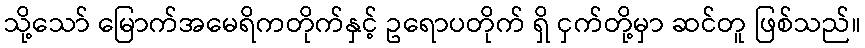
သို့သော် မြောက်အမေရိကတိုက်နှင့် ဥရောပတိုက် ရှိ ငှက်တို့မှာ ဆင်တူ ဖြစ်သည်။